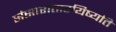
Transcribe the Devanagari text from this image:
संसारात्तारयिष्यति